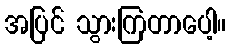
အပြင် သွားကြတာပေါ့။